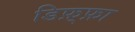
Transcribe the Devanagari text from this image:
डिफ़्फ़ा